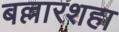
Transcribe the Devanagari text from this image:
बल्लारशहा